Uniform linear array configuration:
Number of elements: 8
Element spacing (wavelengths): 0.25
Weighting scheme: kaiser
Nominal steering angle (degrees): -60
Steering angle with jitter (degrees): -60.648
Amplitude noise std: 0.05
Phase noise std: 0.05

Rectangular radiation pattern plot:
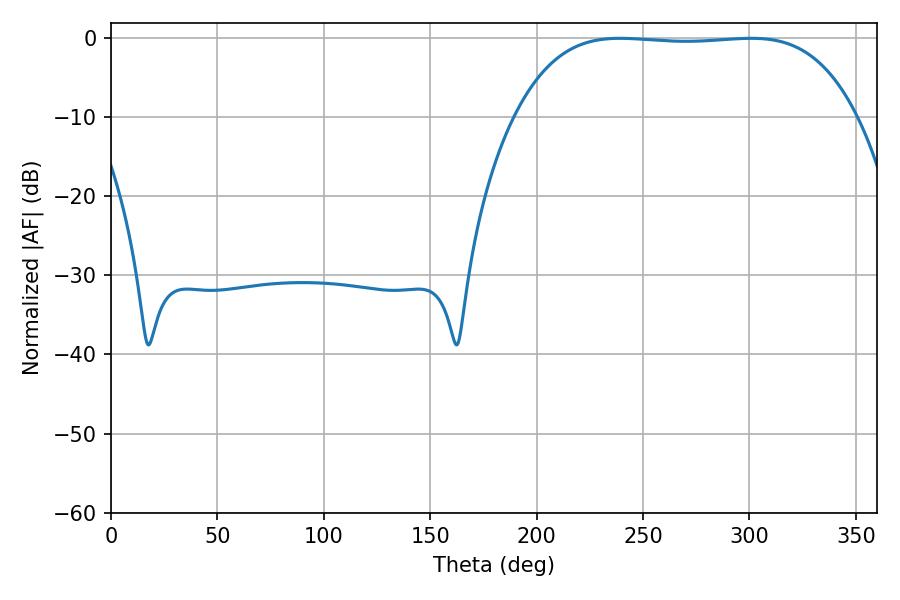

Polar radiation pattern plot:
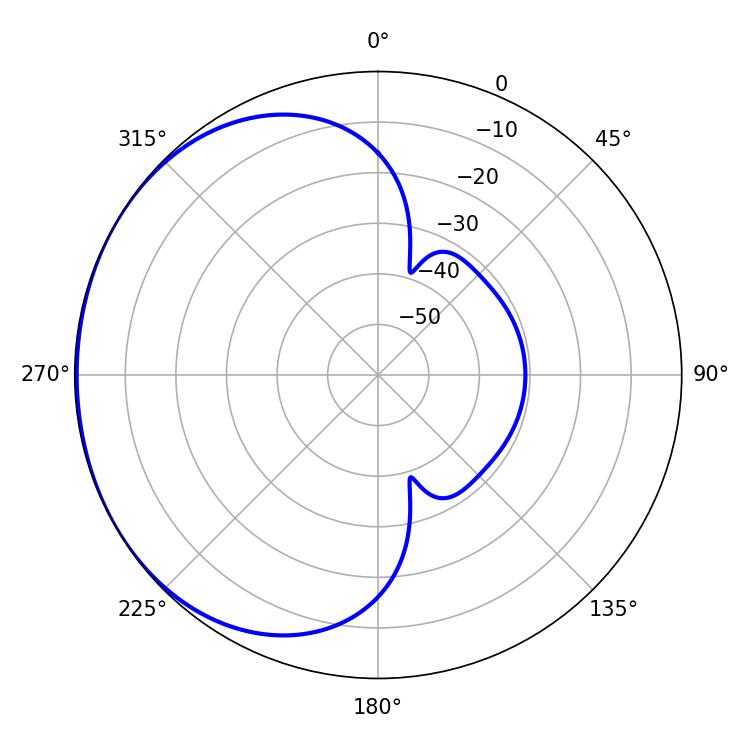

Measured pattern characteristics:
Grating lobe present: FALSE
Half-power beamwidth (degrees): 124.92
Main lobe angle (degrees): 300.78